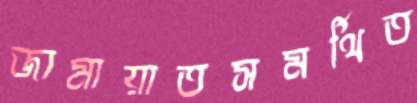
জামায়াতসমর্থিত